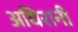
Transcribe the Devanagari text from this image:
अधिरानी